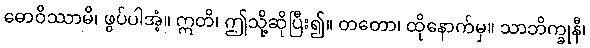
ဓောဝိဿာမိ၊ ဖွပ်ပါအံ့။ ဣတိ၊ ဤသို့ဆိုပြီး၍။ တတော၊ ထိုနောက်မှ။ သာဘိက္ခုနီ၊